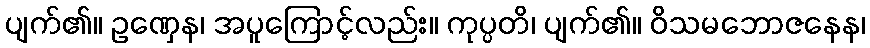
ပျက်၏။ ဥဏှေန၊ အပူကြောင့်လည်း။ ကုပ္ပတိ၊ ပျက်၏။ ဝိသမဘောဇနေန၊